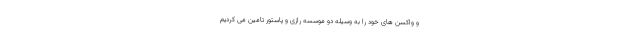
و واکسن های خود را به وسیله دو موسسه رازی و پاستور تامین می کردیم